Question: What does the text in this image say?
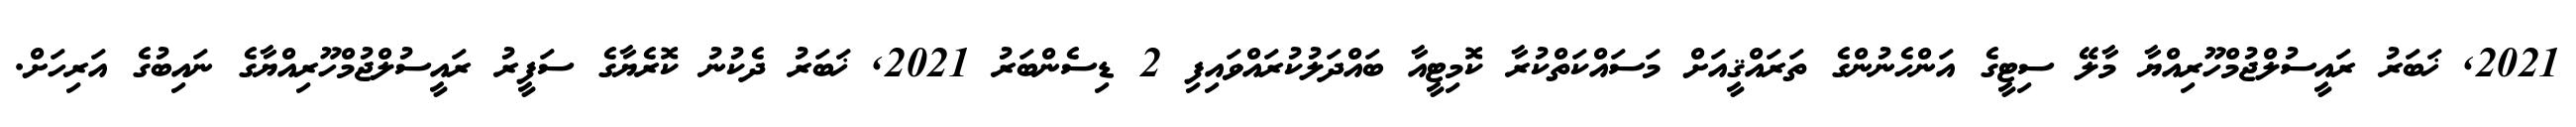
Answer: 2021, ޚަބަރު ރައީސުލްޖުމްހޫރިއްޔާ މާލޭ ސިޓީގެ އަންހެނުންގެ ތަރައްޤީއަށް މަސައްކަތްކުރާ ކޮމިޓީއާ ބައްދަލުކުރައްވައިފި 2 ޑިސެންބަރު 2021, ޚަބަރު ދެކުނު ކޮރެޔާގެ ސަފީރު ރައީސުލްޖުމްހޫރިއްޔާގެ ނައިބުގެ އަރިހަށް.